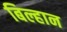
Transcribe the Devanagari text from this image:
बिल्हान